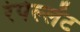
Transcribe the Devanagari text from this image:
रेपेल्लेंट